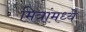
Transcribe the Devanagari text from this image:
मित्रांमध्ये